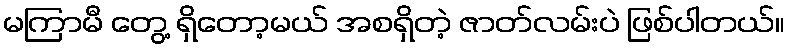
မကြာမီ တွေ့ ရှိတော့မယ် အစရှိတဲ့ ဇာတ်လမ်းပဲ ဖြစ်ပါတယ်။